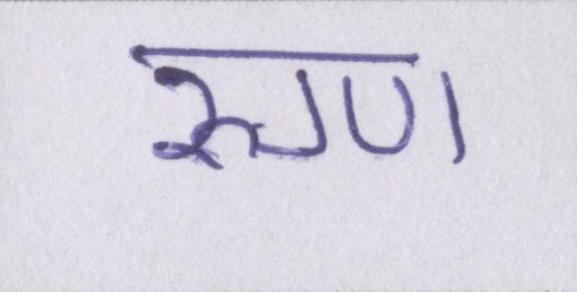
रुग्ण